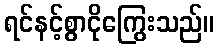
ရင်နင့်စွာငိုကြွေးသည်။